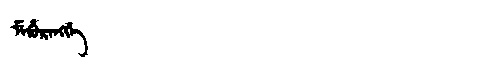
Manchu: ᠮᡝᡥᡠᡵᡝᠩᡤᡝ
Romanization: MEHURENGGE